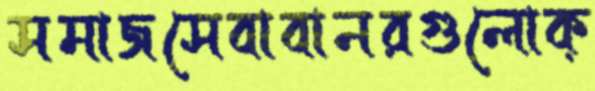
সমাজসেবাবানরগুলোক্